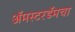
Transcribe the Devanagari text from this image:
अॅमस्टरडॅमचा